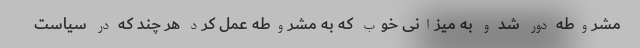
مشروطه دور شد و به میزانی خوب که به مشروطه عمل کرد هر چند که در سیاست